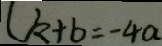
( k + b = - 4 a